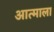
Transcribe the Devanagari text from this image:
आत्माला